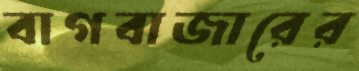
বাগবাজারের